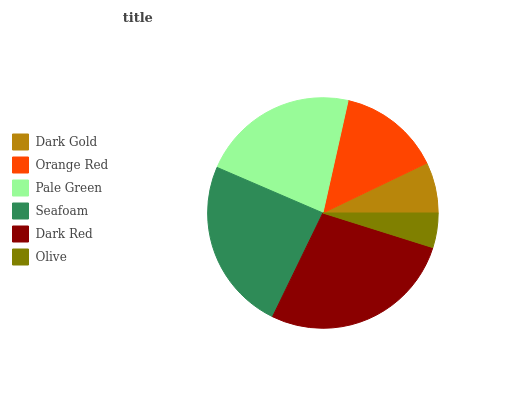
| Dark Gold | Orange Red | Pale Green | Seafoam | Dark Red | Olive |
 | --- | --- | --- | --- | --- | --- |
 | 7.13% | 14.4% | 22% | 24.3% | 27.4% | 4.85% |